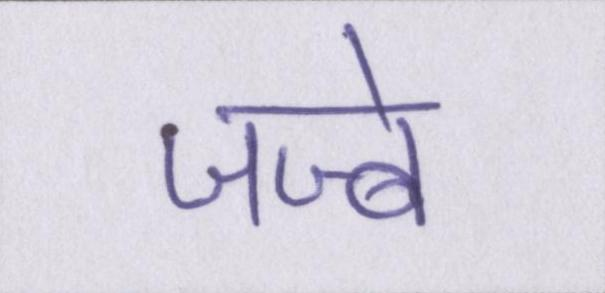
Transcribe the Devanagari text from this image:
जज्बे